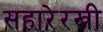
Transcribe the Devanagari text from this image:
सहारेरखी